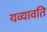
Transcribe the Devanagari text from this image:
यव्यावति